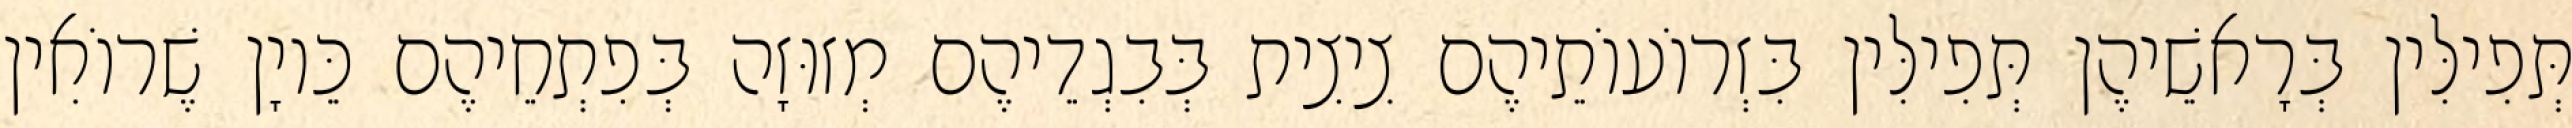
תְּפִילִּין בְּרָאשֵׁיהֶן תְּפִילִּין בִּזְרוֹעוֹתֵיהֶם צִיצִית בְּבִגְדֵיהֶם מְזוּזָה בְּפִתְחֵיהֶם כֵּיוָן שֶׁרוֹאִין